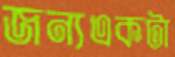
জন্যএকটা